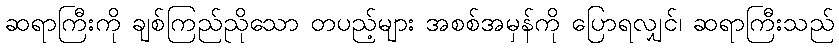
ဆရာကြီးကို ချစ်ကြည်ညိုသော တပည့်များ အစစ်အမှန်ကို ပြောရလျှင်၊ ဆရာကြီးသည်